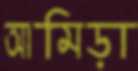
আমিড়া